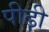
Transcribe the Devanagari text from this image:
पीढ़़ी